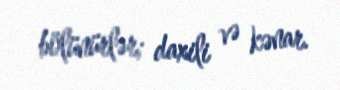
bölünürlər; daxili və kənar.